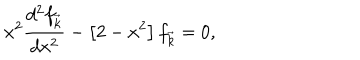
x ^ { 2 } \frac { d ^ { 2 } f _ { \vec { k } } } { d x ^ { 2 } } - \left[ 2 - x ^ { 2 } \right] f _ { \vec { k } } = 0 ,